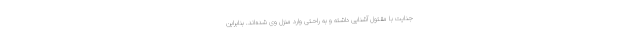
جنایت با مقتول آشنایی داشته و به راحتی وارد منزل وی شده‌اند. بنابراین